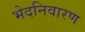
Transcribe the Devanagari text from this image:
भेदनिवारण